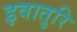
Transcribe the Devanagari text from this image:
इवातुरि